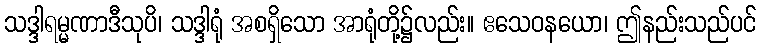
သဒ္ဒါရမ္မဏာဒီသုပိ၊ သဒ္ဒါရုံ အစရှိသော အာရုံတို့၌လည်း။ ဧသေဝနယော၊ ဤနည်းသည်ပင်